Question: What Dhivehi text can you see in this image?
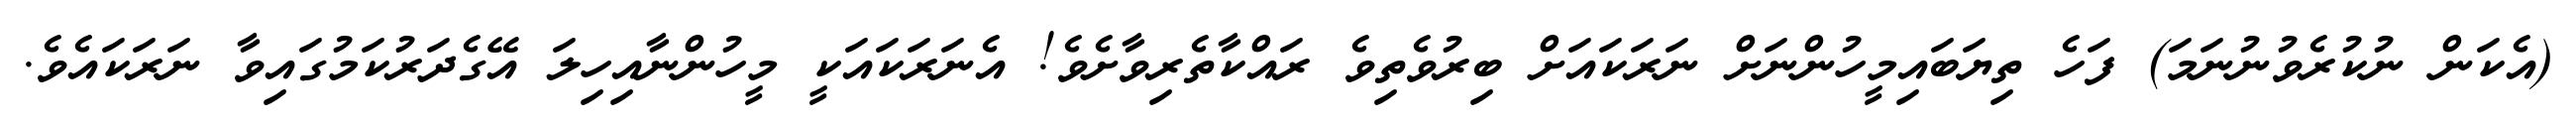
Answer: (އެކަން ނުކުރެވުނުނަމަ) ފަހެ ތިޔަބައިމީހުންނަށް ނަރަކައަށް ބިރުވެތިވެ ރައްކާތެރިވާށެވެ! އެނަރަކައަކީ މީހުންނާއިހިލަ އޭގެދަރުކަމުގައިވާ ނަރަކައެވެ.